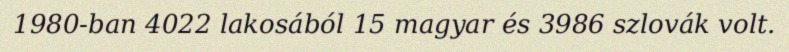
1980-ban 4022 lakosából 15 magyar és 3986 szlovák volt.